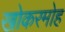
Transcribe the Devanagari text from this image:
खोकरमोह